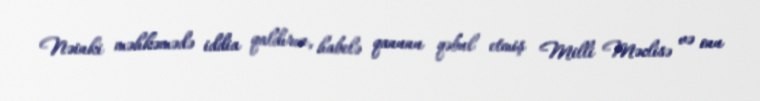
Nəinki məhkəmədə iddia qaldırın, habelə qanunu qəbul etmiş Milli Məclisə və onu